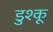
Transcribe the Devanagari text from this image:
डुश्कू